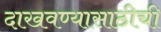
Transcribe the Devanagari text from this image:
दाखवण्यासाठीची